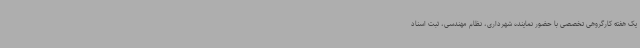
یک هفته کارگروهی تخصصی با حضور نماینده شهرداری، نظام مهندسی، ثبت اسناد